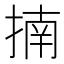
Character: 揇